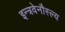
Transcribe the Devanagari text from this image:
इन्त्रवेनौस्ल्य